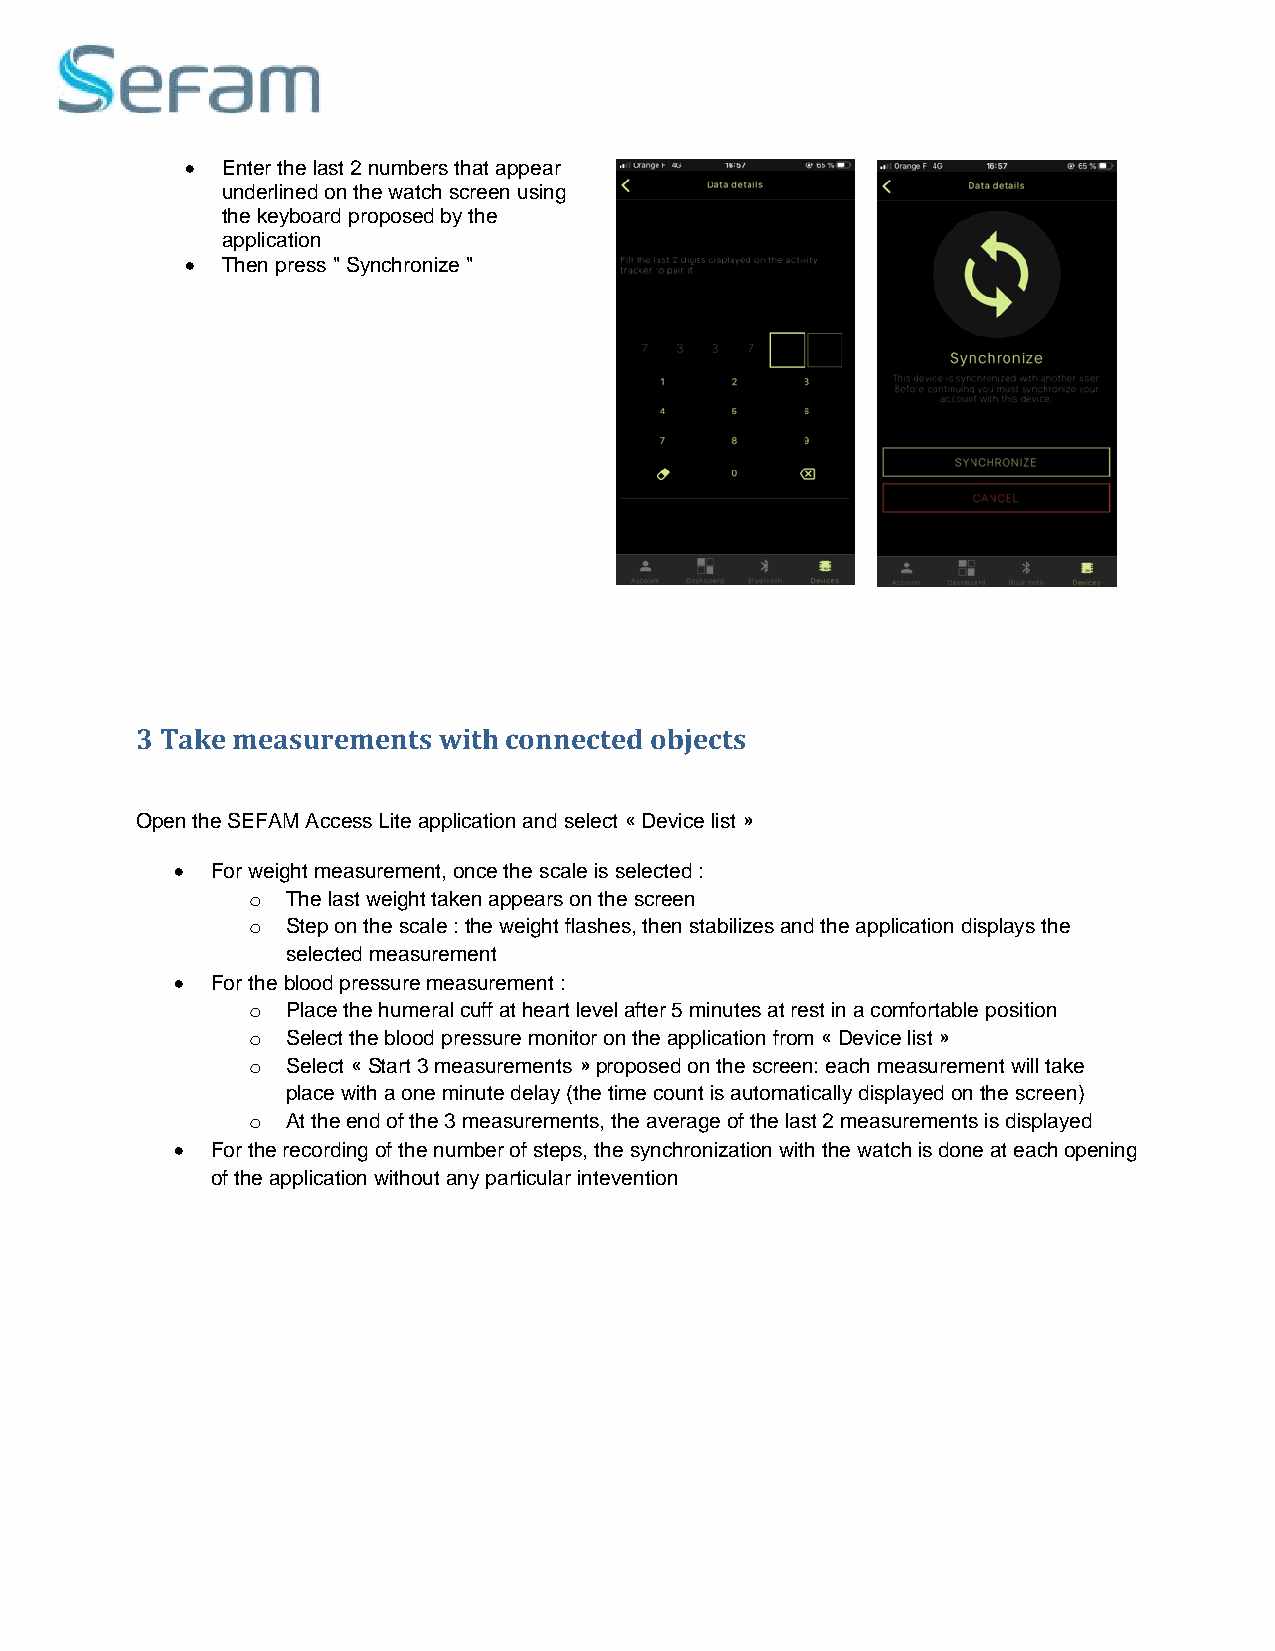
•  Enter the last 2 numbers that appear
 underlined on the watch screen using
 the keyboard proposed by the
 application
 •  Then press " Synchronize "
 3 Take measurements with connected objects
 Open the SEFAM Access Lite application and select « Device list »
 •  For weight measurement, once the scale is selected :
 o  The last weight taken appears on the screen
 o  Step on the scale : the weight flashes, then stabilizes and the application displays the
 selected measurement
 •  For the blood pressure measurement :
 o  Place the humeral cuff at heart level after 5 minutes at rest in a comfortable position
 o  Select the blood pressure monitor on the application from « Device list »
 o  Select « Start 3 measurements » proposed on the screen: each measurement will take
 place with a one minute delay (the time count is automatically displayed on the screen)
 o  At the end of the 3 measurements, the average of the last 2 measurements is displayed
 •  For the recording of the number of steps, the synchronization with the watch is done at each opening
 of the application without any particular intevention